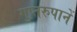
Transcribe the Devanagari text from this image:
गुप्तरुपानें